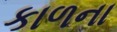
કાળના